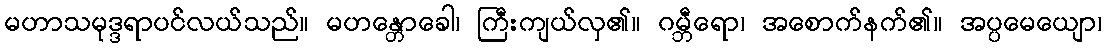
မဟာသမုဒ္ဒရာပင်လယ်သည်။ မဟန္တောခေါ၊ ကြီးကျယ်လှ၏။ ဂမ္ဘီရော၊ အစောက်နက်၏။ အပ္ပမေယျော၊